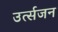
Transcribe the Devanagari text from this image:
उर्त्सजन